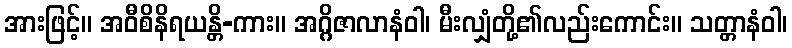
အားဖြင့်။ အဝီစိနိရယန္တိ-ကား။ အဂ္ဂိဇာလာနံဝါ၊ မီးလျှံတို့၏လည်းကောင်း။ သတ္တာနံဝါ၊